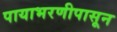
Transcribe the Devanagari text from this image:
पायाभरणीपासून